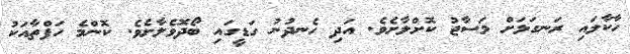
ހާކާލައި ރަނގަޅަށް މަސާޖު ކޮށްލާށެވެ. އަދި ހެނދުނު ގަޑީގައި ބޯދޮވެލާށެވެ. ކޮންމެ ހަފްތާއަކު